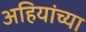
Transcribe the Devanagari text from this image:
अहियांच्या